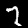
Digit: 7